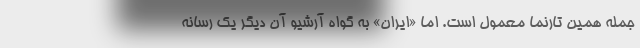
جمله همین تارنما معمول است. اما «ایران» به گواه آرشیو آن دیگر یک رسانه